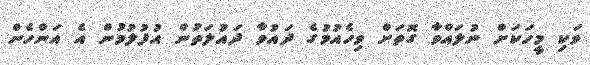
ވަކި މީހަކަށް ނުލައްވާ ގޮތަށް ވިހެއުމުގެ ދައުވާ ދައުލަތުން އުފުލުމުން އެ އަންހެން